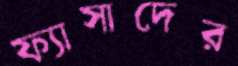
ফ্যাসাদের